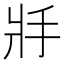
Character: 𢪇